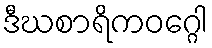
ဒီဃစာရိကဝဂ္ဂေါ